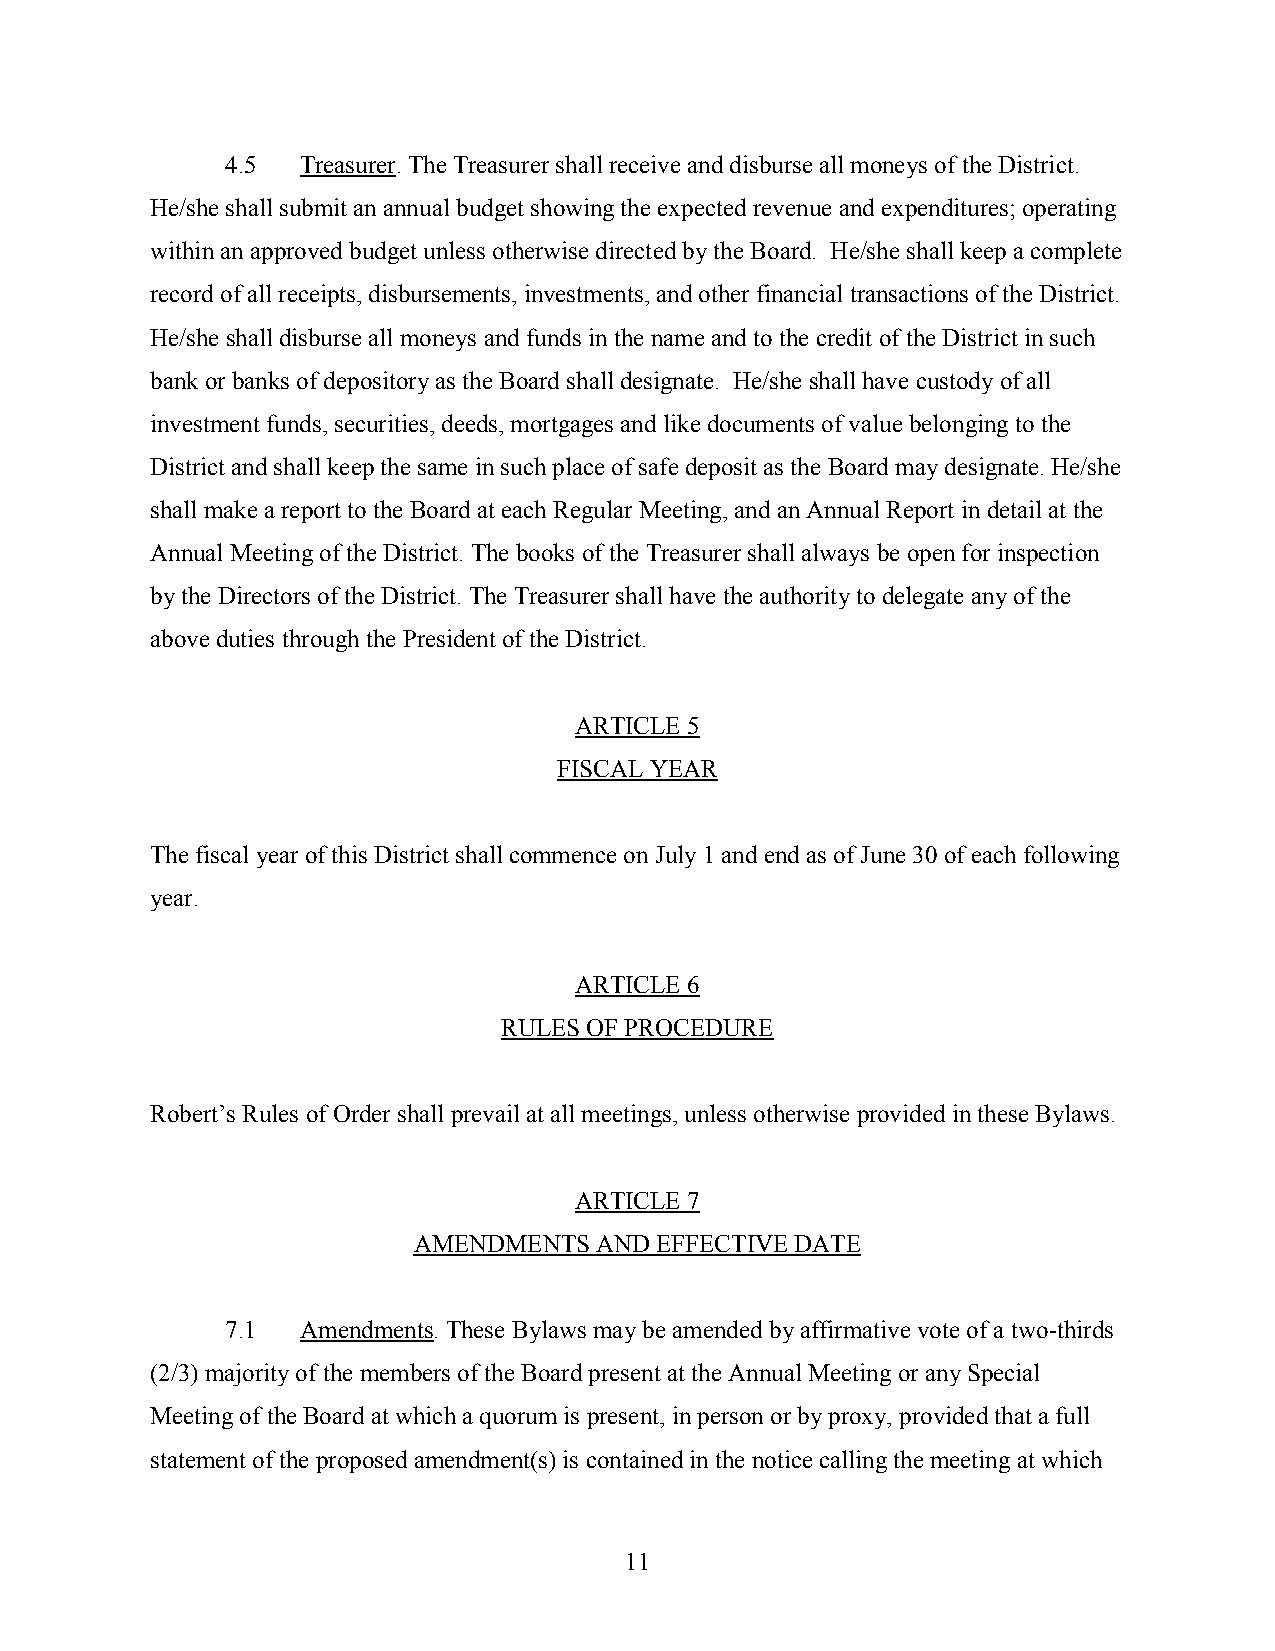
4.5  Treasurer. The Treasurer shall receive and disburse all moneys of the District.
 He/she shall submit an annual budget showing the expected revenue and expenditures; operating
 within an approved budget unless otherwise directed by the Board. He/she shall keep a complete
 record of all receipts, disbursements, investments, and other financial transactions of the District.
 He/she shall disburse all moneys and funds in the name and to the credit of the District in such
 bank or banks of depository as the Board shall designate. He/she shall have custody of all
 investment funds, securities, deeds, mortgages and like documents of value belonging to the
 District and shall keep the same in such place of safe deposit as the Board may designate. He/she
 shall make a report to the Board at each Regular Meeting, and an Annual Report in detail at the
 Annual Meeting of the District. The books of the Treasurer shall always be open for inspection
 by the Directors of the District. The Treasurer shall have the authority to delegate any of the
 above duties through the President of the District.
 ARTICLE 5
 FISCAL YEAR
 The fiscal year of this District shall commence on July 1 and end as of June 30 of each following
 year.
 ARTICLE 6
 RULES OF PROCEDURE
 Robert’s Rules of Order shall prevail at all meetings, unless otherwise provided in these Bylaws.
 ARTICLE 7
 AMENDMENTS  AND EFFECTIVE DATE
 7.1  Amendments. These Bylaws may be amended by affirmative vote of a two-thirds
 (2/3) majority of the members of the Board present at the Annual Meeting or any Special
 Meeting of the Board at which a quorum is present, in person or by proxy, provided that a full
 statement of the proposed amendment(s) is contained in the notice calling the meeting at which
 11